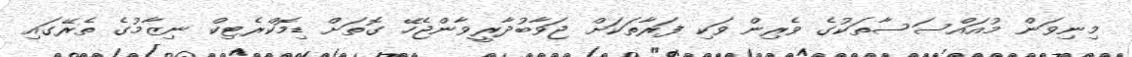
މިނިވަން މުއައްސަސާތަކުގެ ވެރިން ވަކި ފަރާތަކަށް ޖަވާބުދާރީވާންޖެހޭ ގޮތަށް ޑިމޮކްރެޓިކް ނިޒާމުގެ ތެރޭގައި